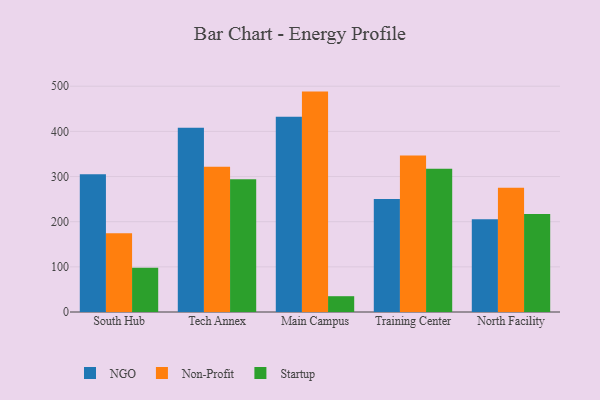
{"axis": {"x": "Campus", "y": "Revenue (USD Million)"}, "legend": ["NGO", "Non-Profit", "Startup"], "data": [{"x": "South Hub", "y": 305.0, "type": "NGO"}, {"x": "South Hub", "y": 174.6, "type": "Non-Profit"}, {"x": "South Hub", "y": 98.1, "type": "Startup"}, {"x": "Tech Annex", "y": 407.8, "type": "NGO"}, {"x": "Tech Annex", "y": 321.4, "type": "Non-Profit"}, {"x": "Tech Annex", "y": 294.0, "type": "Startup"}, {"x": "Main Campus", "y": 432.6, "type": "NGO"}, {"x": "Main Campus", "y": 488.1, "type": "Non-Profit"}, {"x": "Main Campus", "y": 35.0, "type": "Startup"}, {"x": "Training Center", "y": 250.4, "type": "NGO"}, {"x": "Training Center", "y": 346.6, "type": "Non-Profit"}, {"x": "Training Center", "y": 317.5, "type": "Startup"}, {"x": "North Facility", "y": 205.4, "type": "NGO"}, {"x": "North Facility", "y": 275.2, "type": "Non-Profit"}, {"x": "North Facility", "y": 216.9, "type": "Startup"}]}